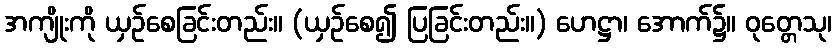
အကျိုးကို ယှဉ်စေခြင်းတည်း။ (ယှဉ်စေ၍ ပြခြင်းတည်း။) ဟေဋ္ဌာ၊ အောက်၌။ ဝုတ္တေသု၊